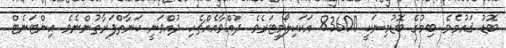
ބޮޑު ޤައުމެވެ. ބިމުގެ ބޮޑުމިނަކީ 83600 އަކަކިލޯމީޓަރެވެ. ދުއްވާއެއްޗެހި ދުއްވަނީ ކަނާތްފަރާތުންނެވެ. އިންޓަނެޓް